Vital statistics of India. Vol. IV, Annual returns from 1871 to 1876. British Army of India, Native Army and jails of Bengal
Year: 1871
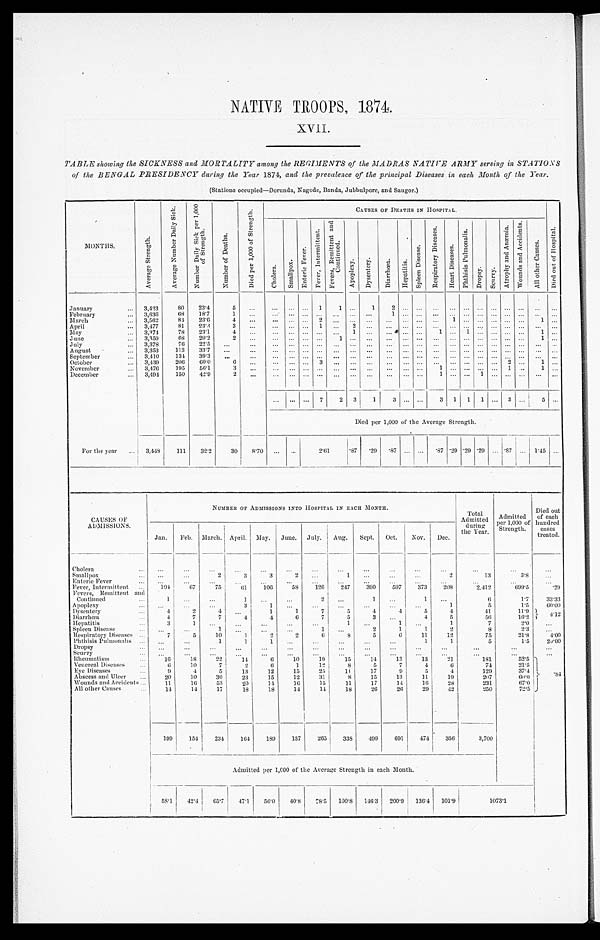
NATIVE TROOPS, 1874.
XVII.
TABLE showing the SICKNESS and MORTALITY among the REGIMENTS of the MADRAS NATIVE ARMY serving in STATIONS
of the BENGAL PRESIDENCY during the Year 1874, and the prevalence of the principal Diseases in each Month of the Year.
( S t a t i o n s o c c u p i e d —Do r u n d a , Na g o d e , Ba n d a , J u b b u l p o r e , a n d S a u g o r . )
MONTHS.
A v e r a g e S t r e n g t h .
A v e r a g e N u m b e r D a i l y S i c k .
N u m b e r D a i l y S i c k p e r 1 , 0 0 0
o f S t r e n g t h .
N u m b e r o f D e a t h s .
D i e d p e r 1 , 0 0 0 o f S t r e n g t h .
CAUSES OF DEATHS IN HOSPITAL.
C h o l e r a . S m a l l p o x .
E n t e r i c F e v e r .
F e v e r , I n t e r m i t t e n t .
F e v e r s , R e m i t t e n t a n d
C o n t i n u e d .
A p o p l e x y .
Dysent ery.
D i a r r h œ a .
H e p a t i t i s .
S p l e e n D i s e a s e .
R e s p i r a t o r y D i s e a s e s .
H e a r t D i s e a s e s .
P h t h i s i s P u l m o n a l i s .
D r o p s y . S c u r v y .
A t r o p h y a n d A n æ m i a . W o u n d s a n d A c c i d e n t s .
A l l o t h e r C a u s e s .
D i e d o u t o f H o s p i t a l .
January
3,423 80 23.4
5
1 1
1
2
February
3,636
6 8 18.7
1
1
March
3,562 84 23.6
4
2
1
1
April
3,477 81 23.3
3
1
2
M a y
3,374 78 23.1
4
1
1
1
1
J u n e
3,359
6 8 20.2
2
1
1
July
3,378 76 22.5
August
3,353 113 33.7
September
3,410 134 39.3
October
3,439 206 60.0
6
3
2
1
November
3,476 195 56.1
3
1
1
1
December
3,494 150 42.9
2
1
1
7 2 3
1 3
3 1 1 1
3 5
Died per 1,000 of the Average Strength.
For the year
3,448 111 32.2 30 8.70
2 . 6 1
.87
. 2 9 . 8 7
. 8 7 .29 .29 .29
. 8 7
1. 45
CAUSES OF
ADMISSIONS.
NUMBER OF ADMISSIONS INTO HOSPITAL IN EACH MONTH.
Total
Admitted during
the Year.
Admitted
per 1,000 of
Strength.
Died out
of each
hundred cases
treated.
Jan. Feb. March. April. May. June. July. Aug. Sept. Oct. Nov. Dec.
Cholera Smallpox
2
3
3
2
1
2
13
3.8
Enteric Fever
Fever, Intermittent
104 67 75
6 1
106 58 126 247 390 597 373 208
2,412
6 9 9 . 5
.29
Fevers, Remittent and
Conti nued
1
1
2
1
1
6
1.7 33. 33
Apoplexy
3
1
1
5
1.5
6 0 . 0 0
Dysentery
4
2
4
1
1
7
5
4
4
5
4
41
11.9
4 . 1 2
Diarrhœa
4
7
7 4
4
6
7
5
3
4
5
56
16.2
Hepatitis
3
1
1
1
1
7
2.0
Spleen Disease
1
1
2
1
1
2
8
2.3
Respiratory Diseases
7
5 10
1
2 2
6
8 5
6 11 12
75
21.8 4. 00
Phthisis Pulmonalis
1
1
1
1
1
5
1 . 5
2 0 . 0 0
Dropsy
Scurvy Rheumatism
16 18 22 14
6 10 19 15 14 13 13 21
181
52.5 . 8 4
Venereal Diseases
6 10
7
2
6
1
12
8
5
7
4
6
74
21.5
Eye Diseases
9
4
5 13 12 15 25 11 17
9
5
4
129
37.4
Abscess and Ulcer
20 10 30 23 15 12 31
8 15 13 11 19
207
6 0 . 0
Wounds and Accidents
11 16 53
2 0
1 4 16 15 11 17 14 16 28
231
67.0
All other Causes
1 4 14 17 18
1 8 14
1 4 18 26 26 29 42
2 5 0
72.5
1 9 9 154 234 164 189 137 265 338 499 691 474 3 5 6
3,700
Admi t t ed per 1, 000 of t he Average St rengt h i n each Mont h.
58.1 42.4 65.7 47.1 56.0 40.8 78.5 100.8 146.3 200.9 136.4 101.9
1 0 7 3 . 1